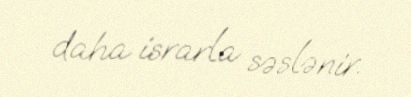
daha israrla səslənir.